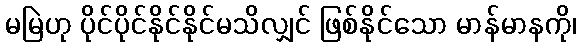
မမြဲဟု ပိုင်ပိုင်နိုင်နိုင်မသိလျှင် ဖြစ်နိုင်သော မာန်မာနကို၊